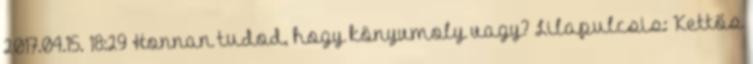
2017.04.15. 18:29 Honnan tudod, hogy könyvmoly vagy? Lilapulcsis: Kettős